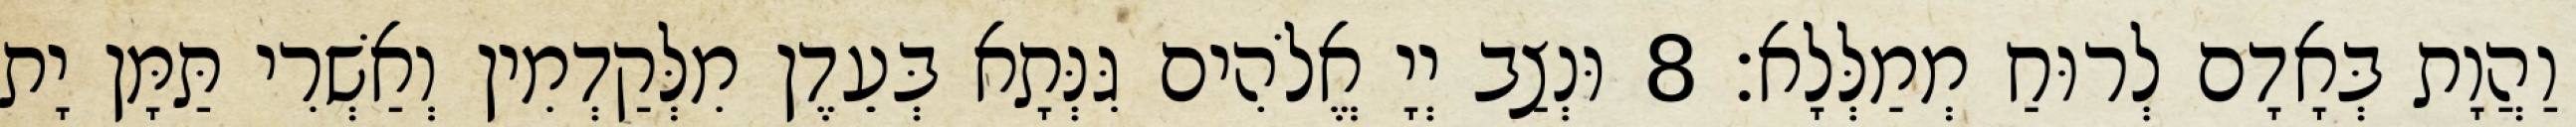
וַהֲוָת בְּאָדָם לְרוּחַ מְמַלְּלָא׃ 8 וּנְצַב יְיָ אֱלֹהִים גִּנְּתָא בְּעֵדֶן מִלְּקַדְמִין וְאַשְׁרִי תַּמָּן יָת